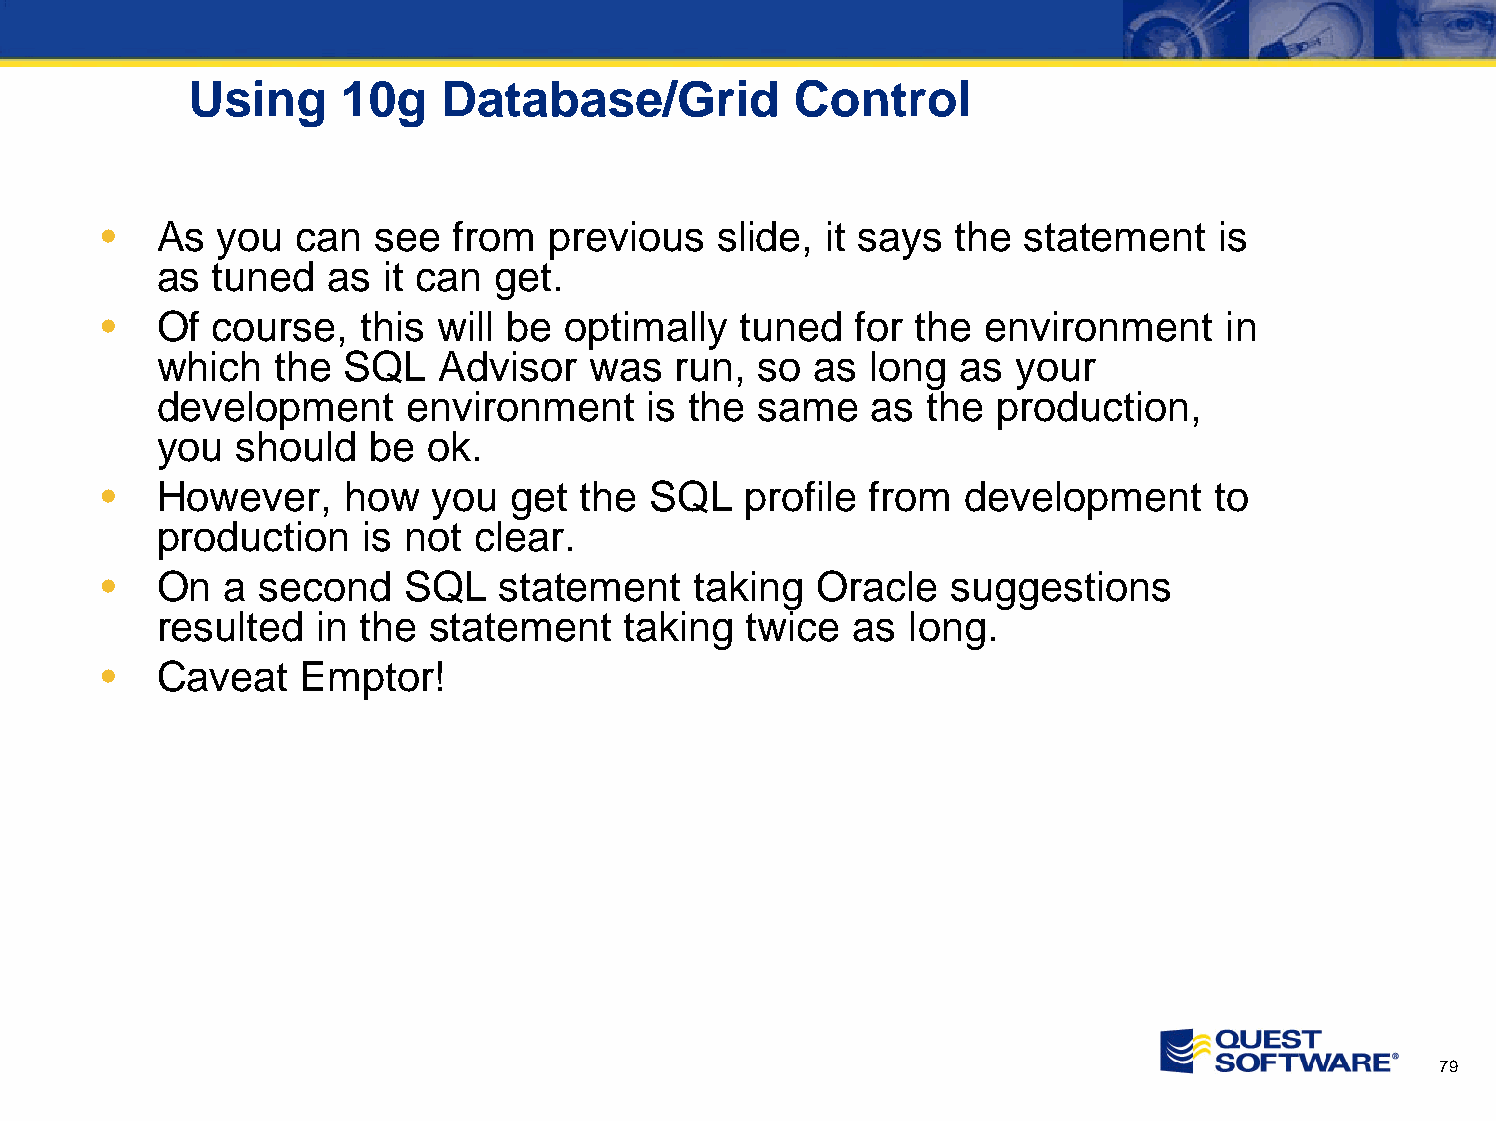
Using     10g   Database/Grid           Control
 •  As  you   can  see  from  previous    slide, it says the  statement    is
 as  tuned   as it can  get.
 •  Of  course,   this will be optimally   tuned   for the environment     in
 which   the  SQL   Advisor   was   run, so  as  long  as your
 development      environment     is the same    as the  production,
 you   should   be ok.
 •  However,     how   you  get  the SQL   profile  from  development     to
 production    is not clear.
 •  On   a second    SQL   statement    taking  Oracle   suggestions
 resulted   in the  statement   taking   twice  as long.
 •  Caveat    Emptor!
 79